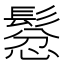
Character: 𲌠